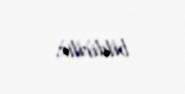
bildirilir.